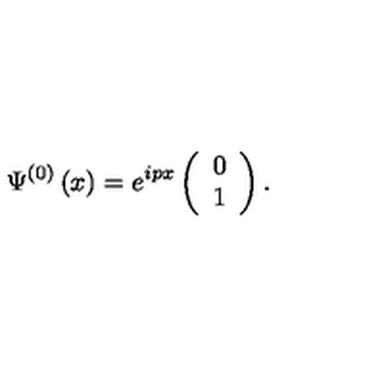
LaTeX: \Psi ^ { \left( 0 \right) } \left( x \right) = e ^ { i p x } \left( \begin{array} { c } { 0 } \\ { 1 } \\ \end{array} \right) .